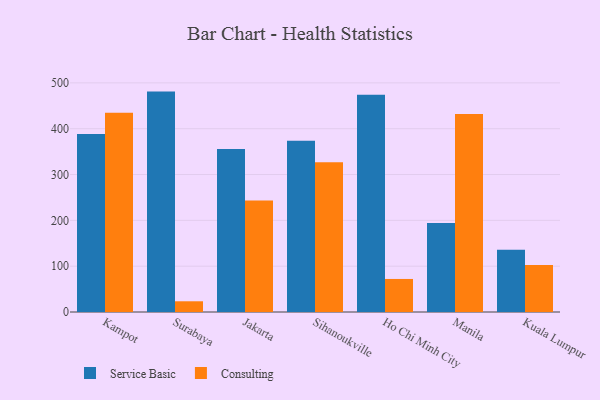
{"axis": {"x": "City", "y": "Conversion Rate (%)"}, "legend": ["Consulting", "Service Basic"], "data": [{"x": "Kampot", "y": 388.2, "type": "Service Basic"}, {"x": "Kampot", "y": 435.1, "type": "Consulting"}, {"x": "Surabaya", "y": 481.0, "type": "Service Basic"}, {"x": "Surabaya", "y": 23.4, "type": "Consulting"}, {"x": "Jakarta", "y": 355.6, "type": "Service Basic"}, {"x": "Jakarta", "y": 243.4, "type": "Consulting"}, {"x": "Sihanoukville", "y": 373.8, "type": "Service Basic"}, {"x": "Sihanoukville", "y": 326.6, "type": "Consulting"}, {"x": "Ho Chi Minh City", "y": 473.9, "type": "Service Basic"}, {"x": "Ho Chi Minh City", "y": 72.1, "type": "Consulting"}, {"x": "Manila", "y": 194.4, "type": "Service Basic"}, {"x": "Manila", "y": 432.2, "type": "Consulting"}, {"x": "Kuala Lumpur", "y": 135.7, "type": "Service Basic"}, {"x": "Kuala Lumpur", "y": 102.4, "type": "Consulting"}]}